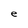
Character: e